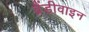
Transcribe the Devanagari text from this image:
ब्रैंडीवाइन